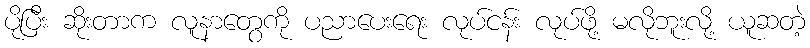
ပိုပြီး ဆိုးတာက လူနာတွေကို ပညာပေးရေး လုပ်ငန်း လုပ်ဖို့ မလိုဘူးလို့ ယူဆတဲ့